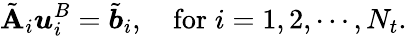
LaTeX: \tilde{\mathbf{A}}_{i}\boldsymbol{u}_{i}^{B}=\tilde{\boldsymbol{b}}_{i},\quad\mathrm{for}\; i=1,2,\cdots,N_{t}.